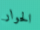
الحوار